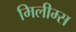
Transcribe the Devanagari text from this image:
मिलीम्स